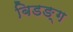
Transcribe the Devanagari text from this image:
बिडङ्ग